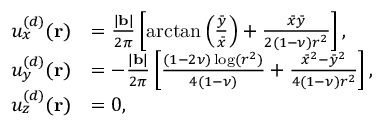
\begin{array} { r l } { u _ { x } ^ { ( d ) } ( \mathbf { r } ) } & { = \frac { | \mathbf { b } | } { 2 \pi } \left[ \arctan \left( \frac { \bar { y } } { \bar { x } } \right) + \frac { \bar { x } \bar { y } } { 2 ( 1 - \nu ) r ^ { 2 } } \right] , } \\ { u _ { y } ^ { ( d ) } ( \mathbf { r } ) } & { = - \frac { | \mathbf { b } | } { 2 \pi } \left[ \frac { ( 1 - 2 \nu ) \log ( r ^ { 2 } ) } { 4 ( 1 - \nu ) } + \frac { \bar { x } ^ { 2 } - \bar { y } ^ { 2 } } { 4 ( 1 - \nu ) r ^ { 2 } } \right] , } \\ { u _ { z } ^ { ( d ) } ( \mathbf { r } ) } & { = 0 , } \end{array}